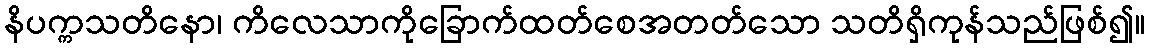
နိပက္ကသတိနော၊ ကိလေသာကိုခြောက်ထတ်စေအတတ်သော သတိရှိကုန်သည်ဖြစ်၍။